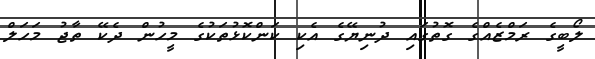
ލޯބީގެ ރަމްޒެއްގެ ގޮތުގައި ދުނިޔޭގެ އެކި ކަންކޮޅުތަކުގެ މީހުން ދެކޭ ތާޖު މަހަލް